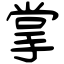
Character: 掌